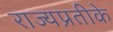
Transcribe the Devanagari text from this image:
राज्यप्रतीके